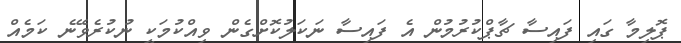
ޕޮލިމާ ގައި ފައިސާ ޗާޕްކުރުމުން އެ ފައިސާ ނަކަލުކޮށްގެން ވިއްކުމަކީ ނުކުރެވޭނެ ކަަމެއް